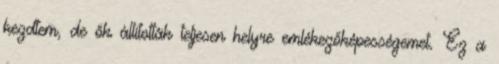
kezdtem, de ők állították teljesen helyre emlékezőképességemet. Ez a